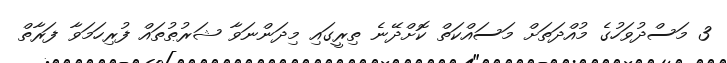
3 މަސްދުވަހުގެ މުއްދަތަށް މަސައްކަތް ކޮށްދޭނެ ތިރީގައި މިދަންނަވާ ޝަރުޠުތައް ފުރިހަމަވާ ފަރާތް